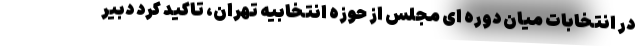
در انتخابات میان دوره ای مجلس از حوزه انتخابیه تهران، تاکید کرد دبیر